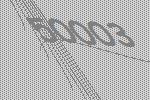
50003